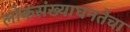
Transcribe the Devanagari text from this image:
लोकसंख्याघनतेचा